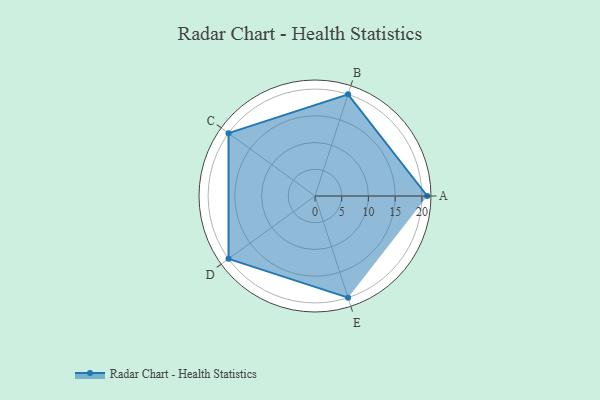
{"axis": {"x": "Skill", "y": "Score"}, "legend": ["Profile"], "data": [{"x": "A", "y": 21.0, "type": "Profile"}, {"x": "B", "y": 20, "type": "Profile"}, {"x": "C", "y": 20, "type": "Profile"}, {"x": "D", "y": 20, "type": "Profile"}, {"x": "E", "y": 20, "type": "Profile"}]}